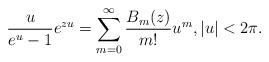
LaTeX: \begin{align*}\frac{u}{e^{u}-1}e^{zu} = \sum_{m=0}^{\infty} \frac{B_{m}(z)}{m!}u^{m}, |u|<2\pi . \end{align*}